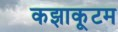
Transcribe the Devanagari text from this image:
कझाकूटम